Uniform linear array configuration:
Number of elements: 16
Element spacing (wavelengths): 1
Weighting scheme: cosine
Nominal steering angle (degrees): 45
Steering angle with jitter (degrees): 44.078
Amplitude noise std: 0.05
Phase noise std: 0.05

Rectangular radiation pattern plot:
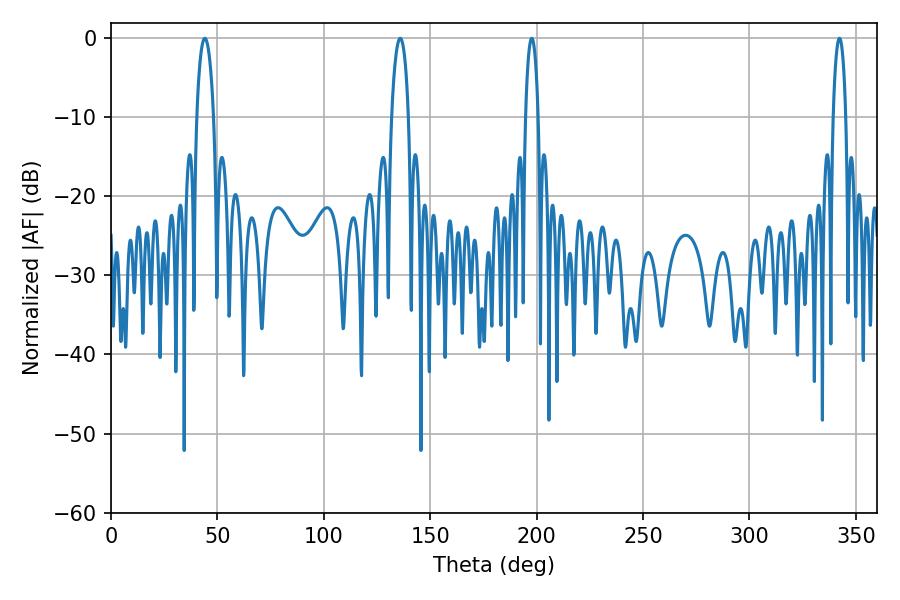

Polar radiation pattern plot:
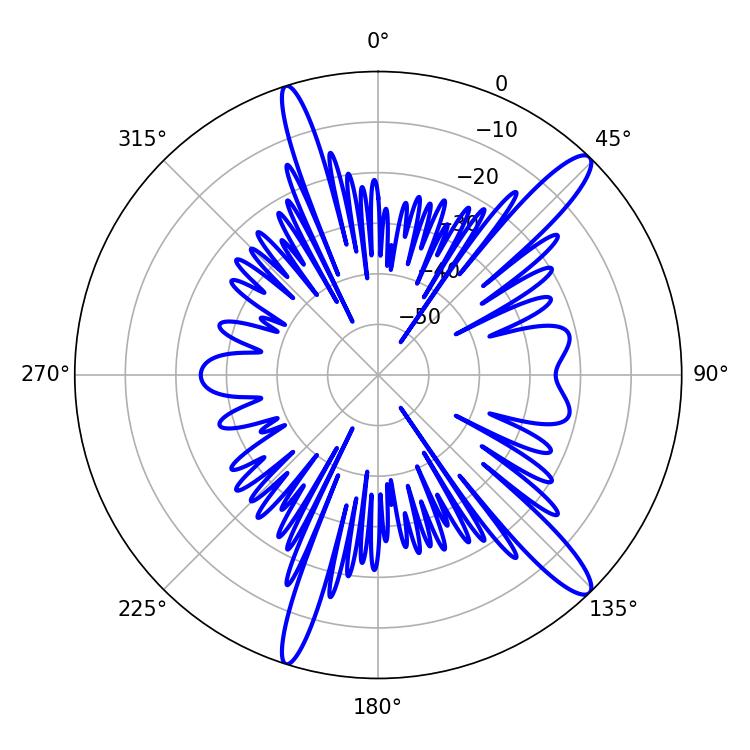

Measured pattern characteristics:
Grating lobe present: TRUE
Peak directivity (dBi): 13.808
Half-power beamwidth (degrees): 4.5
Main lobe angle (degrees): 135.9